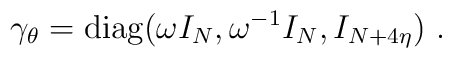
\gamma_\theta={\rm diag}(\omega I_N,\omega^{-1} I_N, I_{N+4\eta})~.